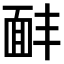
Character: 𩈈